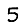
Digit: 5